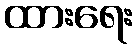
ထားရေး